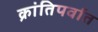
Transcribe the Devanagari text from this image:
क्रांतिपर्वात